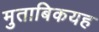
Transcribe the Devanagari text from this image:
मुताबिकयह